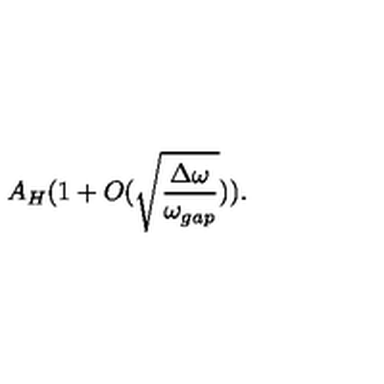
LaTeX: A _ { H } ( 1 + O ( \sqrt { \frac { \Delta \omega } { \omega _ { g a p } } } ) ) .